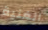
الغنية